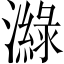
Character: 𤀼